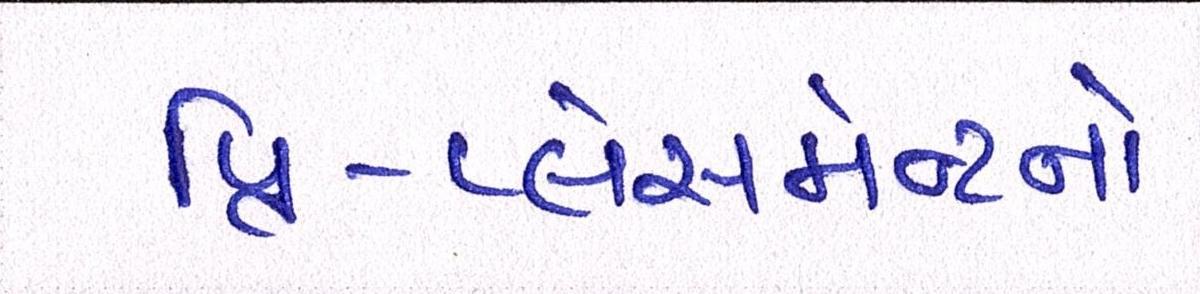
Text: પ્રિ-પ્લેસમેન્ટનો